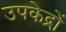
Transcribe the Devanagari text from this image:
उपकेद्रों